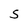
Character: S